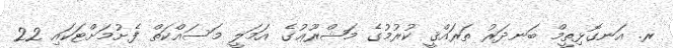
ރ. އަނގޮޅިތީމް ބަނދަރު ތަރައްޤީ ކުރުމުގެ މަޝްރޫޢުގެ އަމަލީ މަސައްކަތް ފެށުމަށްޓަކައި 22